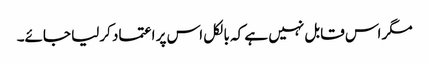
مگر اس قابل نہیں ہے کہ بالکل اس پر اعتماد کرلیا جائے۔